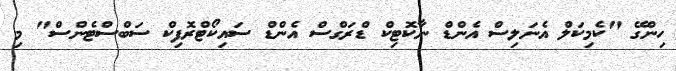
ހިންގޭ "ކެމިކަލް އެނަލިސް އެންޑް ނާކޮޓިކް ޑްރަގްސް އެންޑް ސައިކޯޓްރޮފިކް ސަބްސްޓެންސް" މި